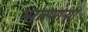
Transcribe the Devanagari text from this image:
भरारणाऱ्या